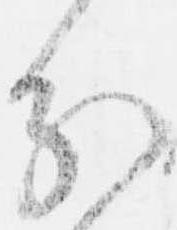
分